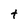
Character: t